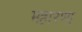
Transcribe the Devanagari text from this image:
महारणा